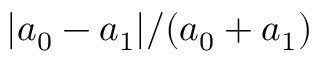
| a _ { 0 } - a _ { 1 } | / ( a _ { 0 } + a _ { 1 } )